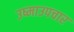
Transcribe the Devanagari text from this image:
उष्माउपचार